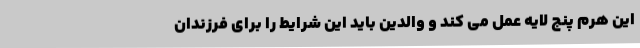
این هرم پنج لایه عمل می کند و والدین باید این شرایط را برای فرزندان